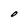
Character: O